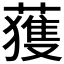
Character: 𫉬